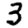
Digit: 3